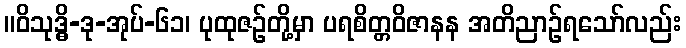
။ဝိသုဒ္ဓိ-ဒု-အုပ်-၆၁၊ ပုထုဇဉ်တို့မှာ ပရစိတ္တဝိဇာနန အတိညာဉ်ရသော်လည်း